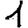
Digit: 1